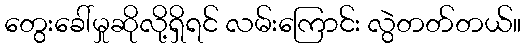
တွေးခေါ်မှုဆိုလို့ရှိရင် လမ်းကြောင်း လွဲတတ်တယ်။